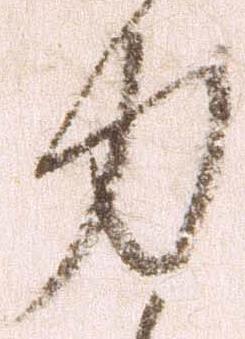
力